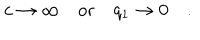
c \rightarrow \infty \quad \mathrm { o r } \quad q _ { 1 } \rightarrow 0 \quad .